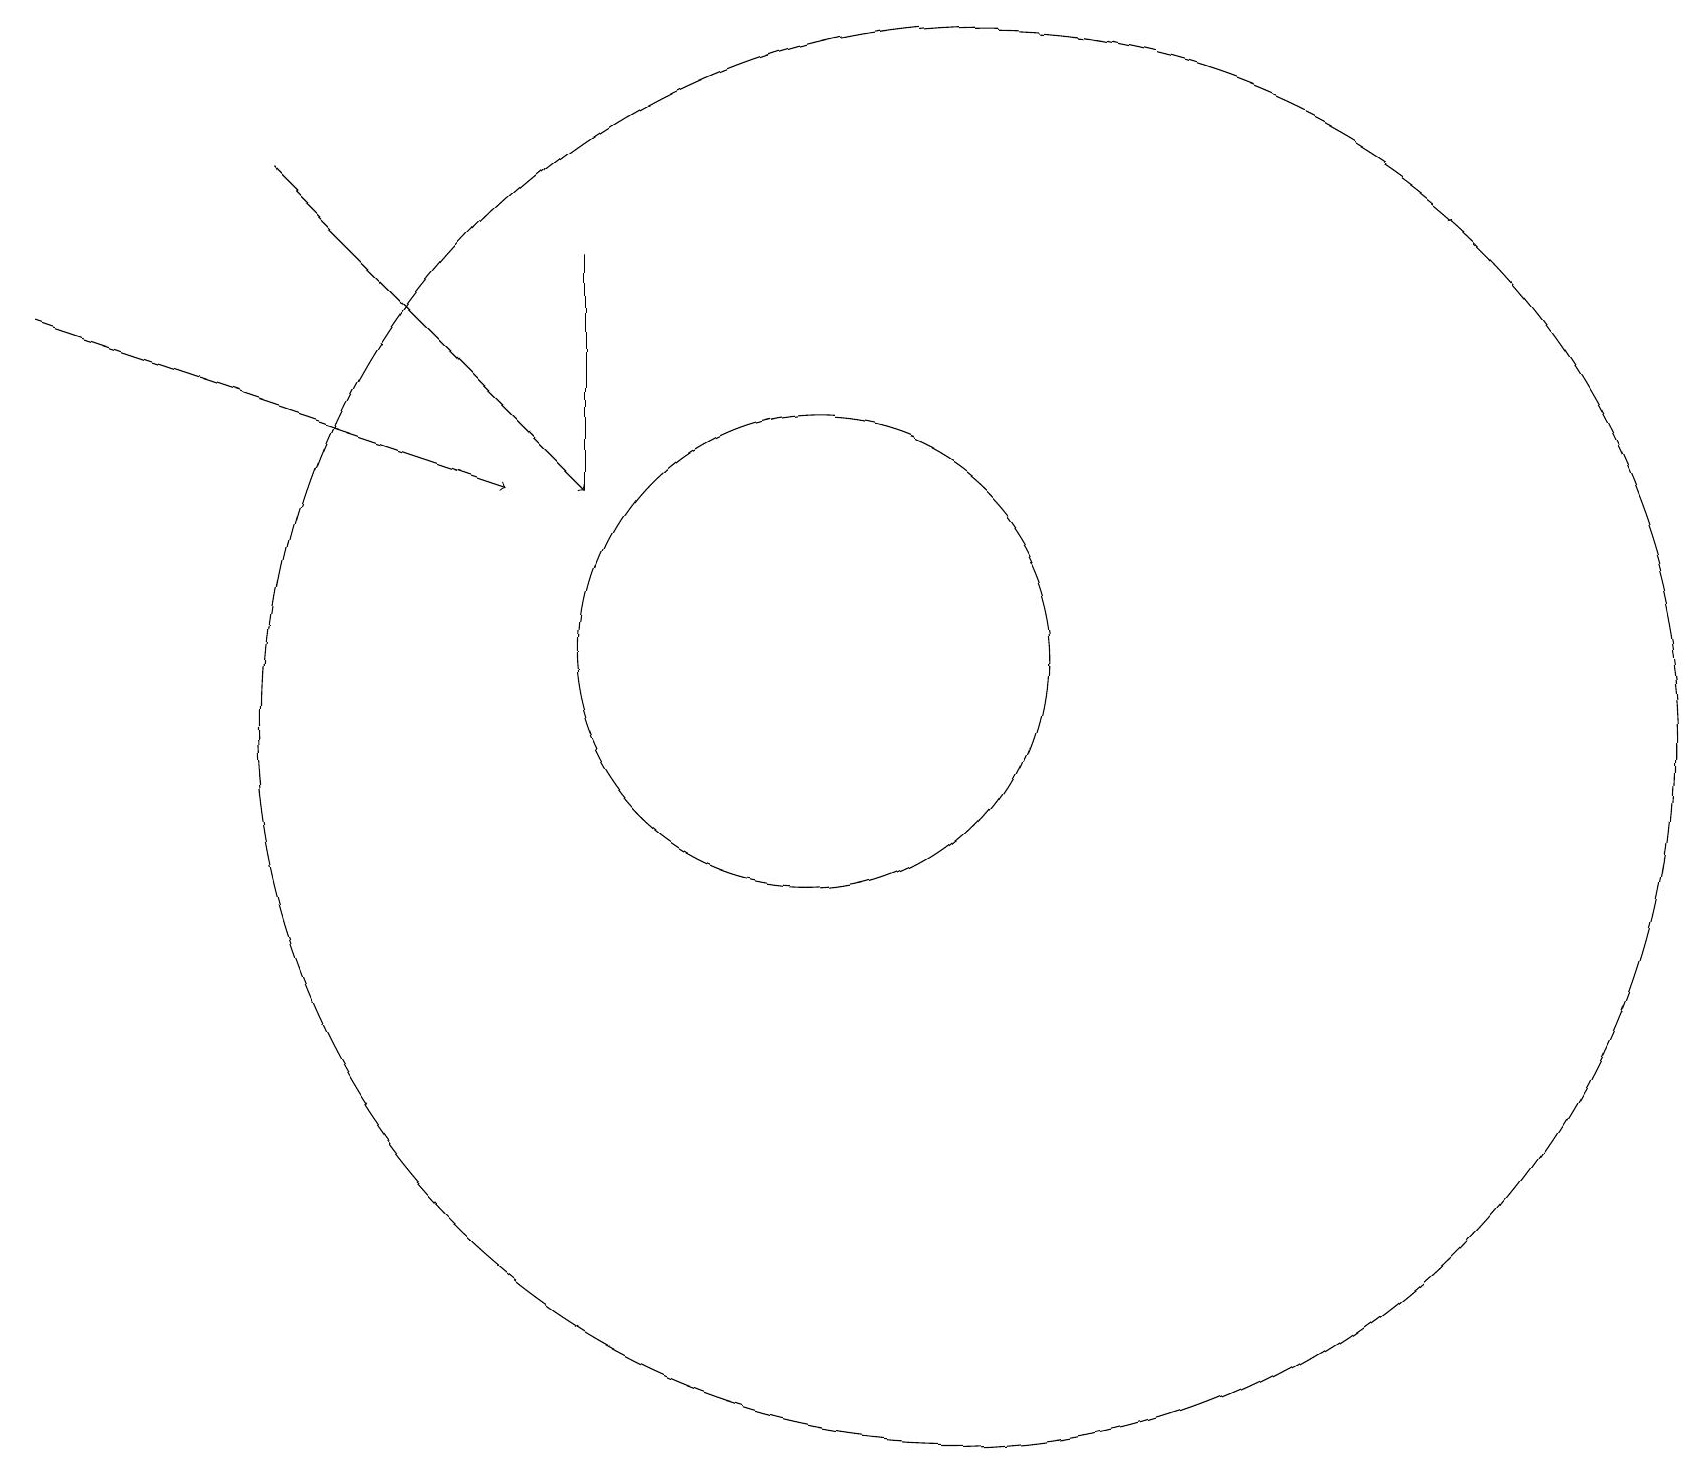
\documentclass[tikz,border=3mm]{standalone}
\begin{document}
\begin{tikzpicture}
\draw (7,16) rectangle (7,13);
\draw (10,11) circle (3);
\draw[->] (0,15) -- (6,13);
\draw (12,10) circle (9);
\draw[->] (3,17) -- (7,13);
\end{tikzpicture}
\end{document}